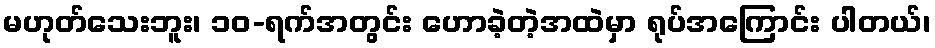
မဟုတ်သေးဘူး၊ ၁၀-ရက်အတွင်း ဟောခဲ့တဲ့အထဲမှာ ရုပ်အကြောင်း ပါတယ်၊